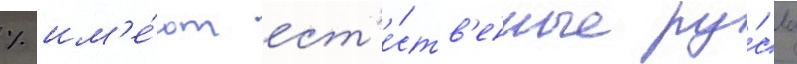
% им'е́ют ест'е́ств'енные ру́сла